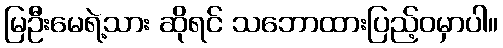
မြဦးမေရဲ့သား ဆိုရင် သဘောထားပြည့်ဝမှာပါ။